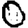
Digit: 0